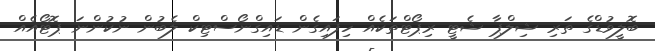
ބޮލީވުޑްގެ ތަރި ޝިލްޕާ ޝެޓީ ރިޕޯޓްތަކެއް ހިފައިގެން ޑައިގްނޯސްޓިކް ލެބުން ނުކުންނަ ޕޮޓޯއެއް